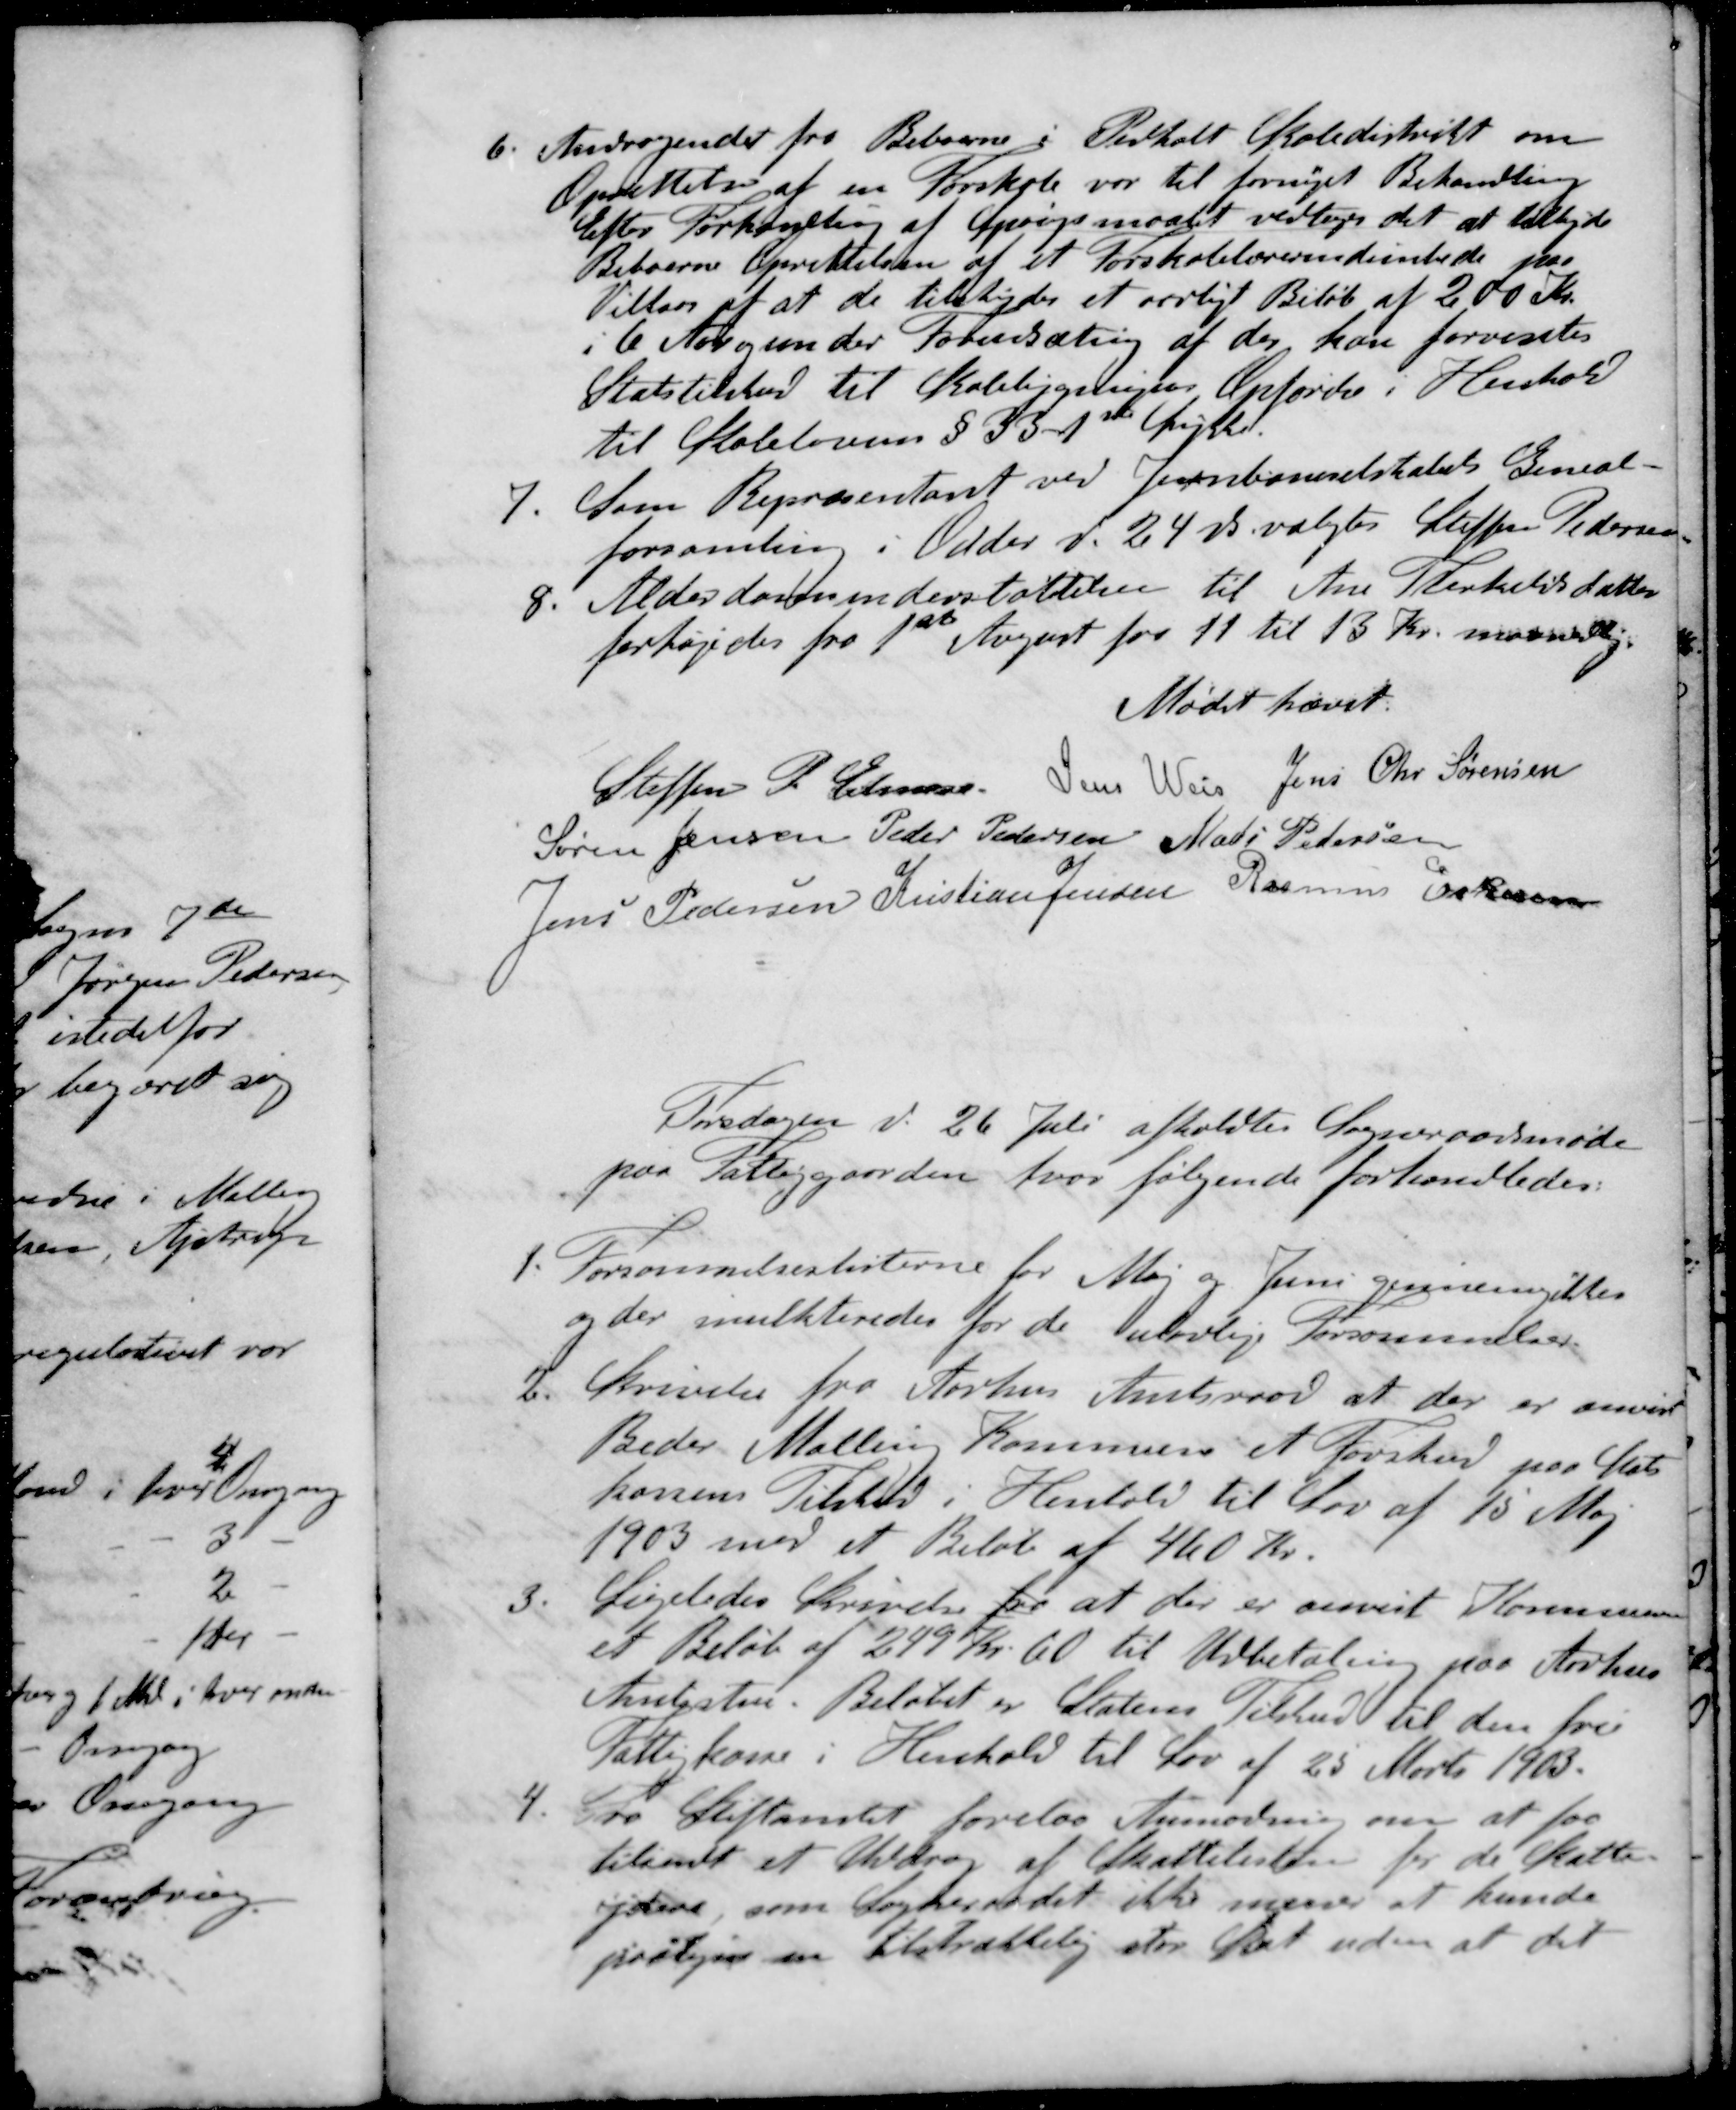
Transskription:
6. Andragendet fra Beboerne i Pedholt Skoledistrikt om
Oprettelse af en Forskole var til fornyet Behandling
Efter Forhandling af Spørgsmaalet vedtoges det at tilbyde
Beboerne Oprettelsen af et Forskolelærerindembede paa
Vilkaar af at de tilskyder et aarligt Beløb af 200 Kr.
i 6 Aar og under Forudsætning af der, kan forventes
Statstilskud til Skolebygningens Opførelse i Henhold
til Skolelovens § 33. 1ste Linie
7. Som Repræsentant ved Jernbaneselskabets Geneal-
forsamling i Odder d. 24 ds. valgtes Steffen Pedersen
8. Alderdomsunderstøttelse til Ane Therkelsens datter
forhøjedes fra 1 August fra 11 til 13 Kr. maanedlig
Mødet hævet.
Steffen P. Elmose
Jens Weis
Jens Chr. Sørensen
Søren Jensen
Peder Pedersen
Mads Petersen
Jens Pedersen
Kristian Jensen
Rasmus Eskesen
Tirsdagen d. 26 Juli afholdtes Sogneraadsmøde
paa Fattiggaarden, hvor følgende forhandledes:
1. Forsømmelseslisterne for Maj og Juni gennemgikkes
og der mulkteredes for de ulovlige forsømmelser
2. Skrivelse fra Aarhus Amtsraad at der er anvist
Beder Malling Kommune et Forskud paa Stats-
kassens Tilskud i Henhold til Lov af 15 Maj
1903 med et Beløb af 460 Kr.
3. Ligeledes Skrivelse fra at der er anvist Kommunen
et Beløb af 249 Kr. 60 til Udbetaling paa Aarhus
Amtsstue. Beløbet er Statens Tilskud til den fri
Fattigkasse i Henhold til Lov af 25 Marts 1903.
4. Fra Stiftamtet forelaa Anmodning om at faa
tilsendt et Uddrag af Skattelisten for de Skatte-
ydere, som Sogneraadet ikke mener at kunde
paaligne en tilstrækkelig stor Skat uden at det